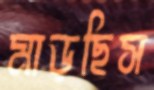
মাড়ছিস